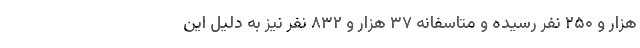
هزار و ۲۵۰ نفر رسیده و متاسفانه ۳۷ هزار و ۸۳۲ نفر نیز به دلیل این